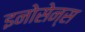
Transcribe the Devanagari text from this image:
इनोसेन्स